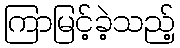
ကြာမြင့်ခဲ့သည့်